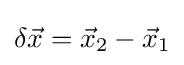
\delta {\vec {x}}={\vec {x}}_{2}-{\vec {x}}_{1}